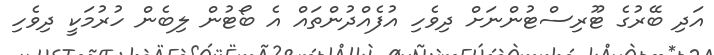
އަދި ބޭރުގެ ޓޫރިސްޓުންނަށް ދިވެހި އުފެއްދުންތައް އެ ބޯޓުން ލިބެން ހުރުމަކީ ދިވެހި